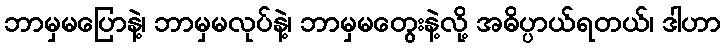
ဘာမှမပြောနဲ့၊ ဘာမှမလုပ်နဲ့၊ ဘာမှမတွေးနဲ့လို့ အဓိပ္ပာယ်ရတယ်၊ ဒါဟာ